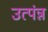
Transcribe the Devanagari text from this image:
उत्पंन्न